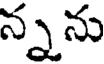
న్నను